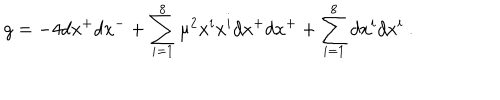
LaTeX: g = - 4 d x ^ { + } d x ^ { - } + \sum _ { i = 1 } ^ { 8 } \mu ^ { 2 } x ^ { i } x ^ { i } d x ^ { + } d x ^ { + } + \sum _ { i = 1 } ^ { 8 } d x ^ { i } d x ^ { i } ~ .